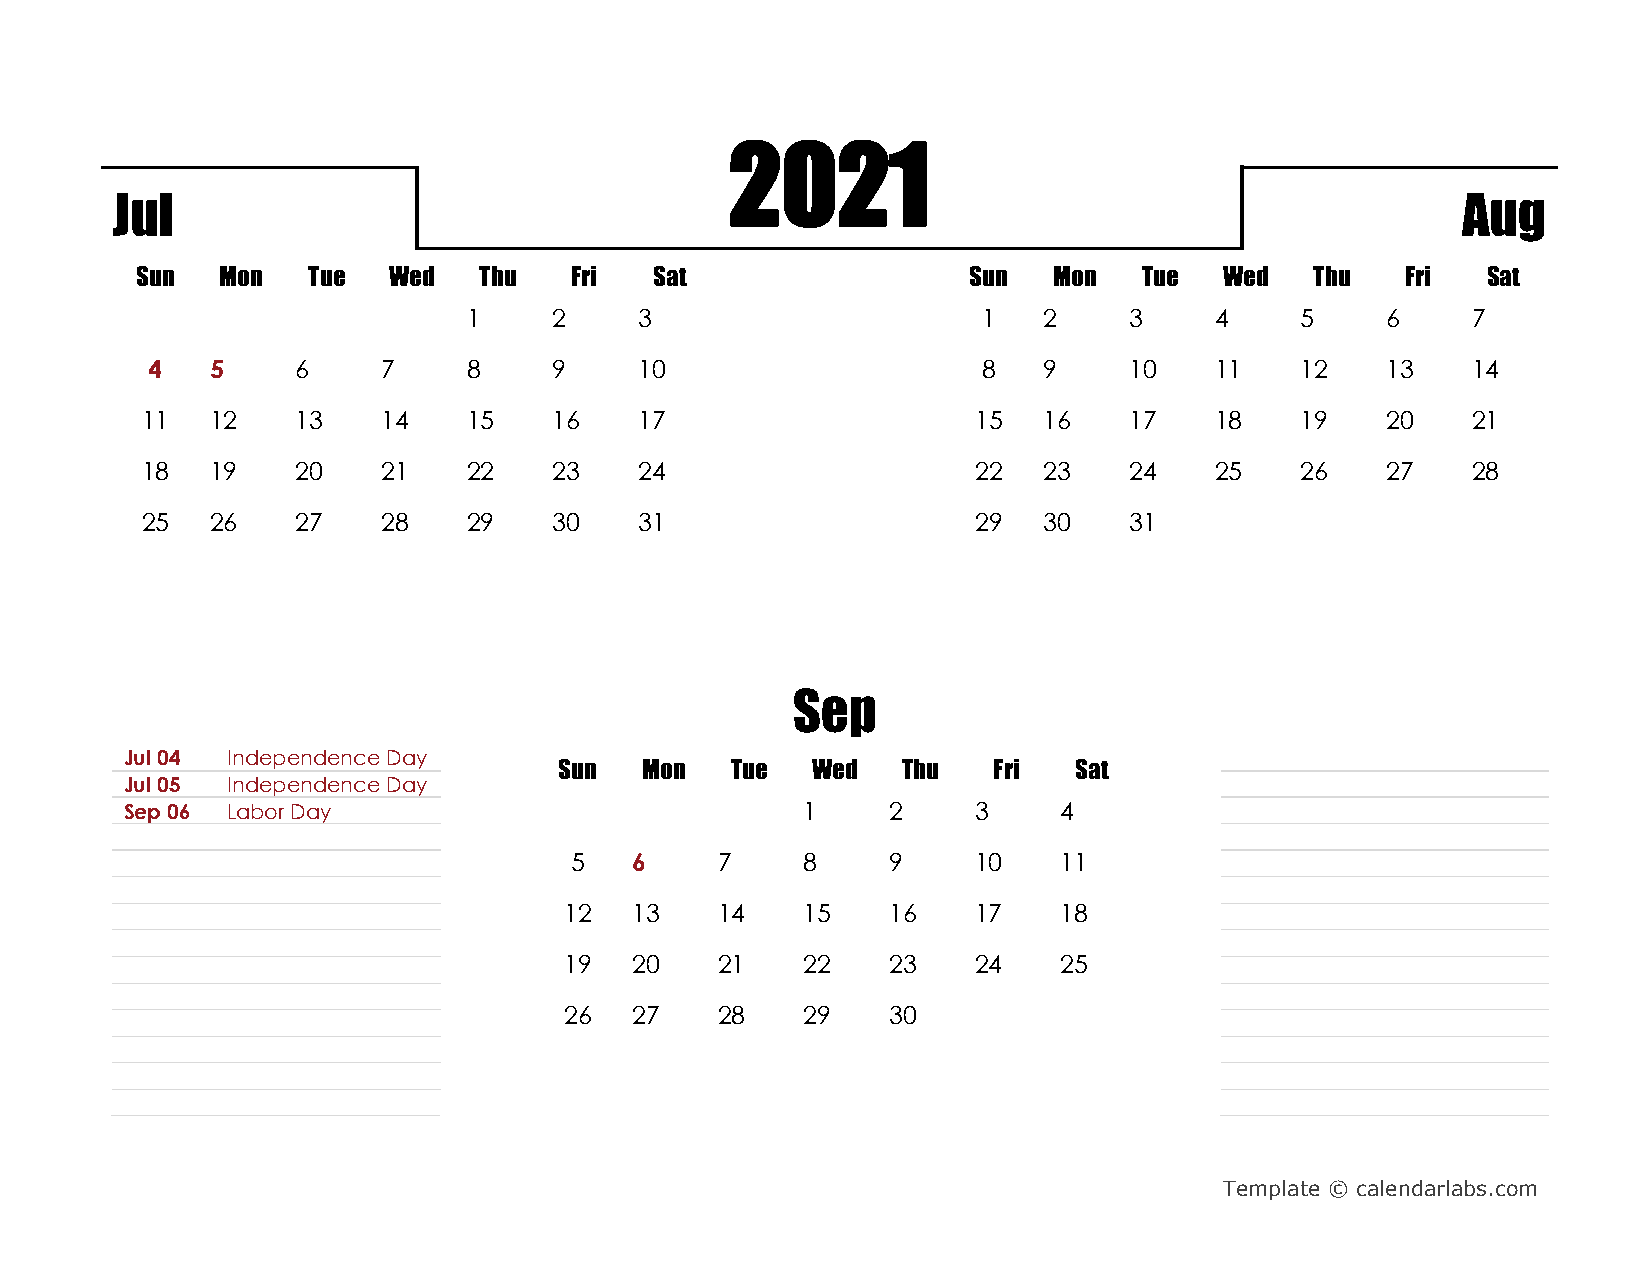
2021
 Jul                                                                                       Aug
 Sun   Mon  Tue   Wed   Thu   Fri  Sat                  Sun   Mon   Tue  Wed   Thu   Fri  Sat
 1     2    3                      1   2     3    4     5     6    7
 4   5     6    7     8     9    10                     8   9     10   11    12    13   14
 11   12    13   14    15    16   17                     15  16    17   18    19    20   21
 18   19    20   21    22    23   24                     22  23    24   25    26    27   28
 25   26    27   28    29    30   31                     29  30    31
 Sep
 Jul 04 Independence Day
 Sun  Mon   Tue   Wed   Thu   Fri  Sat
 Jul 05 Independence Day
 Sep 06 HLaoblidoar Dy ay                     1     2    3     4
 5   6    7     8     9    10    11
 12   13   14    15    16   17    18
 19   20   21    22    23   24    25
 26   27   28    29    30
 Template © calendarlabs.com